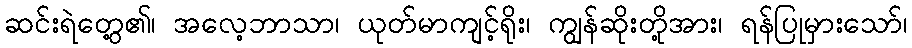
ဆင်းရဲတွေ့၏၊ အလေ့ဘာသာ၊ ယုတ်မာကျင့်ရိုး၊ ကျွန်ဆိုးတို့အား၊ ရန်ပြုမှားသော်၊